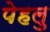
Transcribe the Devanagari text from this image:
पेहलु